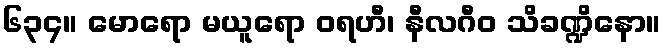
၆၃၄။ မောရော မယူရော ဝရဟီ၊ နီလဂီဝ သိခဏ္ဍိနော။